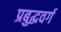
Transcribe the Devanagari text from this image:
प्रबुद्धवर्ग